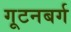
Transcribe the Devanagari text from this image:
गूटनबर्ग